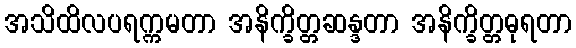
အသိထိလပရက္ကမတာ အနိက္ခိတ္တဆန္ဒတာ အနိက္ခိတ္တဓုရတာ